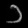
Digit: ၁